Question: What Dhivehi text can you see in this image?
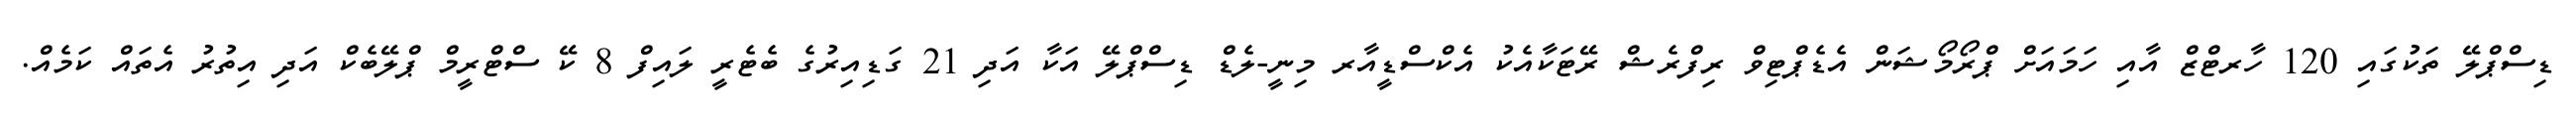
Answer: ޑިސްޕްލޭ ތަކުގައި 120 ހާރޓްޒް އާއި ހަމައަށް ޕްރޯމޯޝަން އެޑެޕްޓިވް ރިފްރެޝް ރޭޓަކާއެކު އެކްސްޑީއާރ މިނީ-ލެޑް ޑިސްޕްލޭ އަކާ އަދި 21 ގަޑިއިރުގެ ބެޓެރީ ލައިފް 8 ކޭ ސްޓްރީމް ޕްލޭބެކް އަދި އިތުރު އެތައް ކަމެއް.